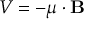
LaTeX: V = - { \boldsymbol { \mu } } \cdot \mathbf { B }